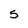
Character: S